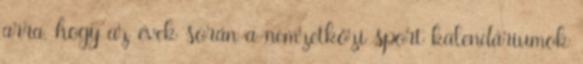
arra, hogy az évek során a nemzetközi sport kalendáriumok